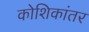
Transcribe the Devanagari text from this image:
कोशिकांतर